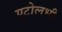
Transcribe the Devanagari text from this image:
एटोलभी